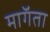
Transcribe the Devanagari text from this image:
माॅगता